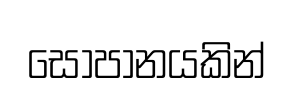
සෝපානයකින්